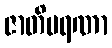
ဇာတိမရဏာ